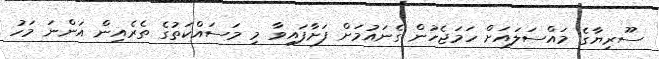
ސޫރިޔާގެ މައްސަލައަށް ހަމަޖެހުން ގެނައުމަށް ފަށާފައިވާ މި މަސައްކަތުގެ ތެރެއިން އަންނަ މަހު